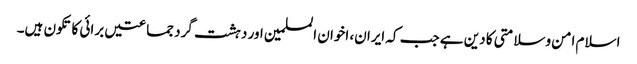
اسلام امن وسلامتی کا دین ہے جب کہ ایران، اخوان المسلمین اور دہشت گرد جماعتیں برائی کا تکون ہیں۔